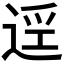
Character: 𲅜